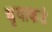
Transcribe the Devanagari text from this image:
धृवाकडे